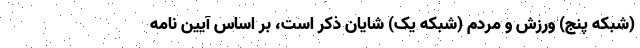
(شبکه پنج) ورزش و مردم (شبکه یک) شایان ذکر است، بر اساس آیین نامه